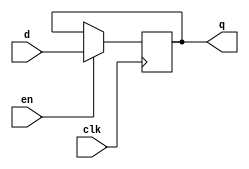
// This program was cloned from: https://github.com/RomeoMe5/DDLM
// License: MIT License

module dff_with_en
(
    input       clk,
    input       en,
    input       d,
    output reg  q
);

    always @ (posedge clk)
        if (en)
            q <= d;
 
endmodule